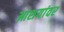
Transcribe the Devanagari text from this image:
आशयांवर